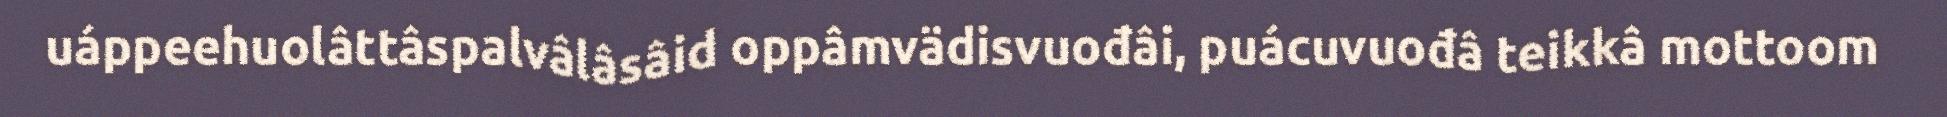
uáppeehuolâttâspalvâlâsâid oppâmvädisvuođâi, puácuvuođâ teikkâ mottoom